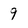
Character: 9